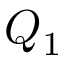
Q _ { 1 }